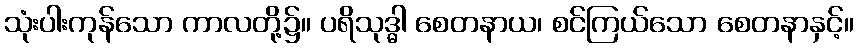
သုံးပါးကုန်သော ကာလတို့၌။ ပရိသုဒ္ဓါ စေတနာယ၊ စင်ကြယ်သော စေတနာနှင့်။